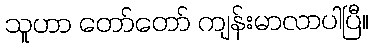
သူဟာ တော်တော် ကျန်းမာလာပါပြီ။